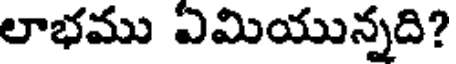
లాభము ఏమియున్నది?